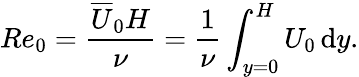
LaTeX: Re_{0}=\frac{\overline{{U}}_{0}H}{\nu}=\frac{1}{\nu}\int_{y=0}^{H}U_{0}\, \mathrm{d}y.